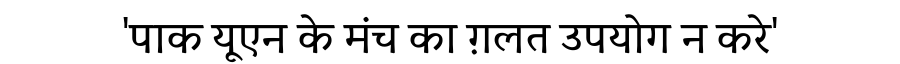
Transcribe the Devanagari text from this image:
'पाक यूएन के मंच का ग़लत उपयोग न करे'